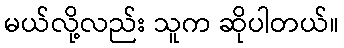
မယ်လို့လည်း သူက ဆိုပါတယ်။